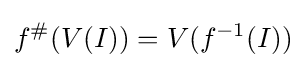
f^{\#}(V(I))=V(f^{-1}(I))